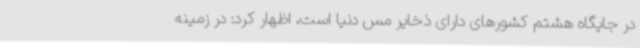
در جایگاه هشتم کشورهای دارای ذخایر مس دنیا است، اظهار کرد: در زمینه